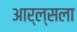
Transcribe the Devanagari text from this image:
आर्ल्सला